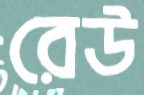
রেউ